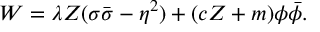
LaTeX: W = \lambda { Z } ( \sigma \bar { \sigma } - \eta ^ { 2 } ) + ( c Z + m ) \phi \bar { \phi } .